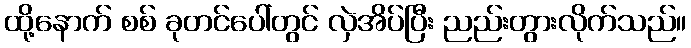
ထို့နောက် စစ် ခုတင်ပေါ်တွင် လှဲအိပ်ပြီး ညည်းတွားလိုက်သည်။